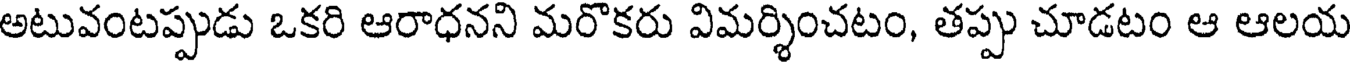
అటువంటప్పుడు ఒకరి ఆరాధనని మరొకరు విమర్శించటం, తప్పు చూడటం ఆ ఆలయ